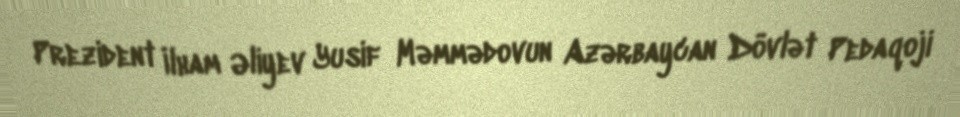
Prezident İlham Əliyev Yusif Məmmədovun Azərbaycan Dövlət Pedaqoji